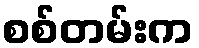
စစ်တမ်းက